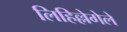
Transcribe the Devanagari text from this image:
लिहिल्लेगेले